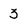
Character: 3